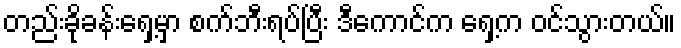
တည်းခိုခန်းရှေ့မှာ စက်ဘီးရပ်ပြီး ဒီကောင်က ရှေ့က ဝင်သွားတယ်။